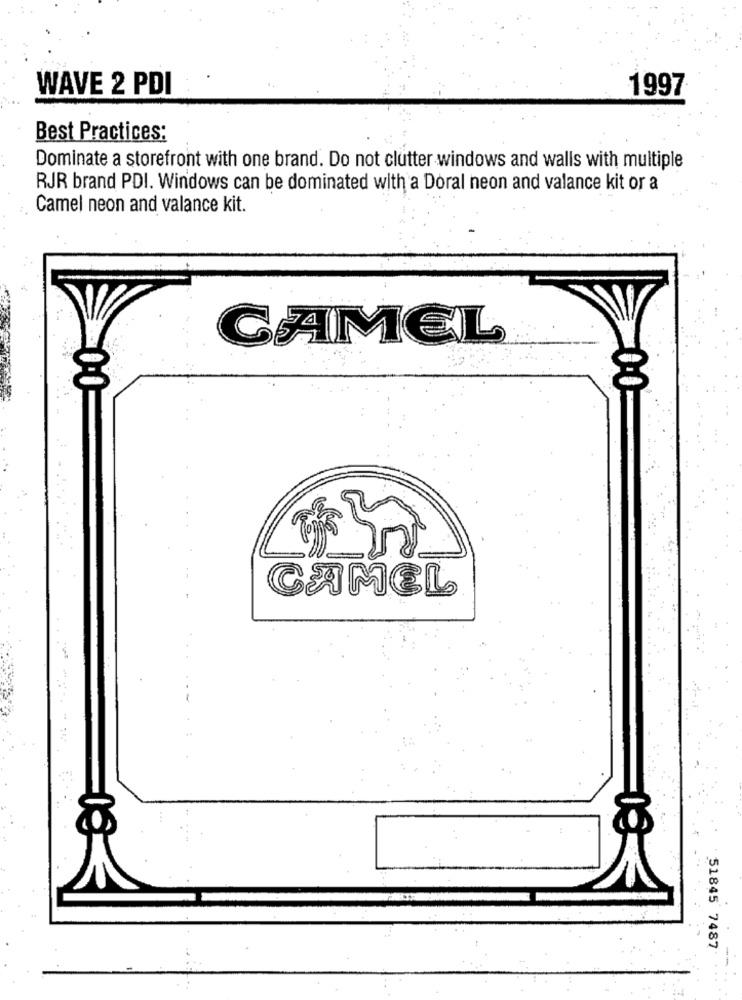
WAVE 2 PDI
1997
Best Practices:
Dominate a storefront with one brand. Do not clutter windows and walls with multiple
RJR brand PDI. Windows can be dominated with a Doral neon and valance kit or a
Camel neon and valance kit.
CAMEL
CAMEL
51845 7487